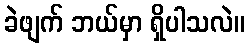
ခဲဖျက် ဘယ်မှာ ရှိပါသလဲ။